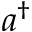
a ^ { \dagger }